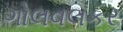
ગોલવલકર